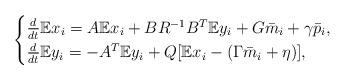
LaTeX: \begin{align*} \begin{cases}\frac{d}{dt}{\mathbb E}x_i = A{\mathbb E}x_i +BR^{-1}B^T{\mathbb E}y_i +G \bar m_i+\gamma \bar p_i ,\\\frac{d}{dt}{\mathbb E}y_i=-A^T{\mathbb E}y_i +Q[{\mathbb E}x_i-(\Gamma\bar m_i+\eta)] ,\end{cases}\end{align*}